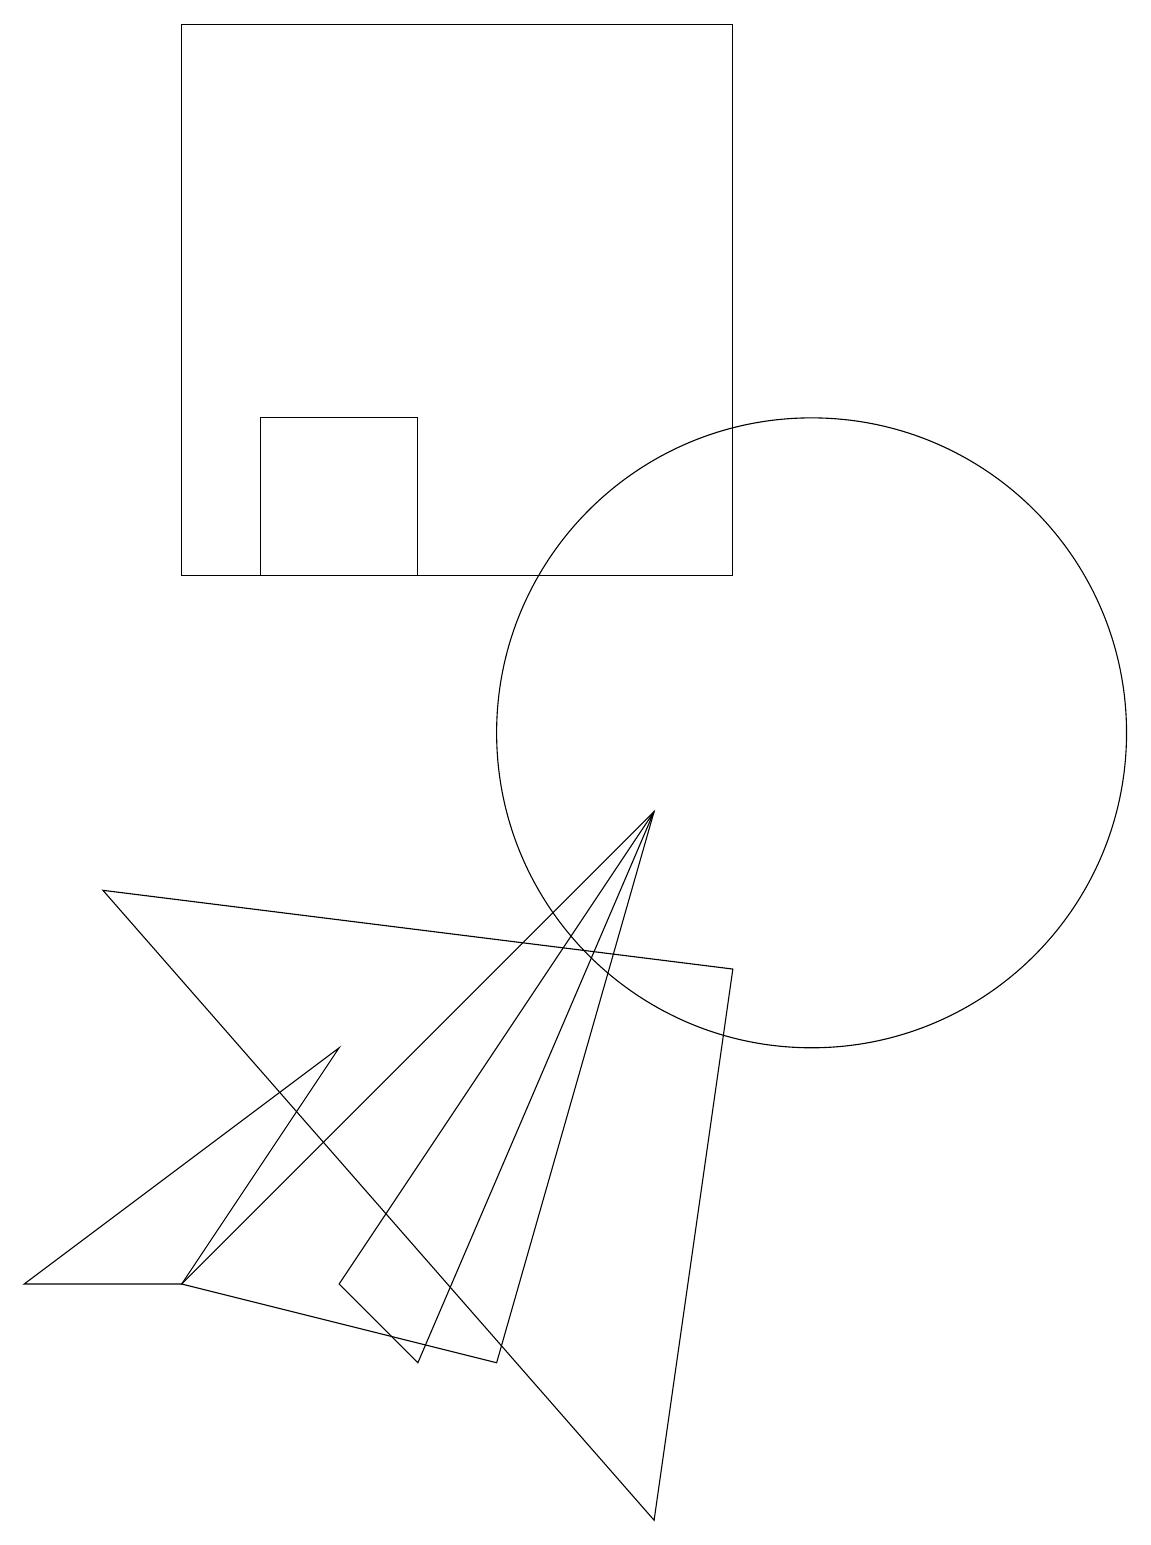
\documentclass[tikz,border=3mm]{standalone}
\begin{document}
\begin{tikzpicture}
\draw (4,6) -- (0,3) -- (2,3) -- cycle;
\draw (10,10) circle (4);
\draw (8,9) -- (2,3) -- (6,2) -- cycle;
\draw (9,12) rectangle (2,19);
\draw (10,12) circle (0);
\draw (5,2) -- (8,9) -- (4,3) -- cycle;
\draw (9,7) -- (1,8) -- (8,0) -- cycle;
\draw (5,14) rectangle (3,12);
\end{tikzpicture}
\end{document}